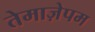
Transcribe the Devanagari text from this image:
तेमाज़ेपम